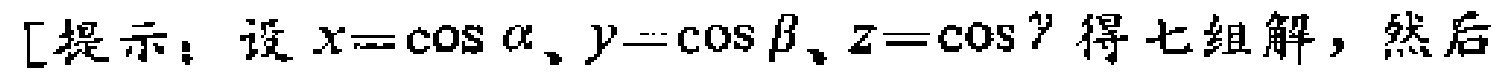
[提示：设\(x = \cos\alpha、y = \cos\beta、z = \cos\gamma\)得七组解，然后